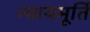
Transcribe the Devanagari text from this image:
न्‍यायमूर्ति